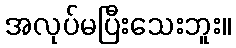
အလုပ်မပြီးသေးဘူး။